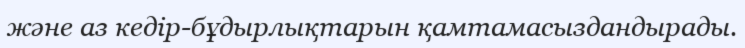
және аз кедір-бұдырлықтарын қамтамасыздандырады.